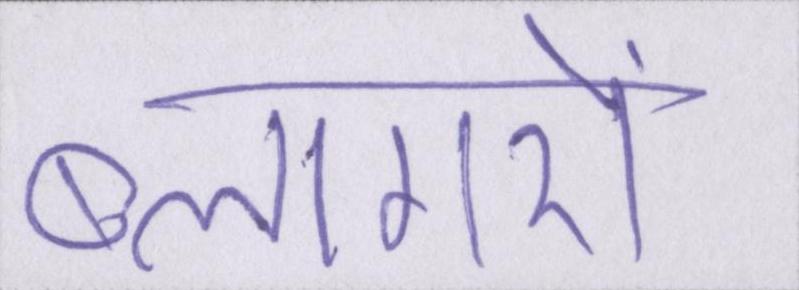
ब्लागरों